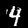
Digit: 4